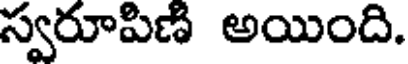
స్వరూపిణి అయింది.